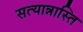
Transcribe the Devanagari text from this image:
सत्यान्नास्ति